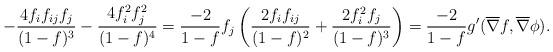
LaTeX: \begin{align*}-\frac{4f_{i}f_{ij}f_{j}}{(1-f)^{3}}-\frac{4f^{2}_{i}f^{2}_{j}}{(1-f)^{4}}= \frac{-2}{1-f}f_{j}\left(\frac{2f_{i}f_{ij}}{(1-f)^{2}}+\frac{2f^{2}_{i}f_{j}}{(1-f)^{3}}\right)=\frac{-2}{1-f}g'(\overline{\nabla}{f},\overline{\nabla}{\phi}).\end{align*}